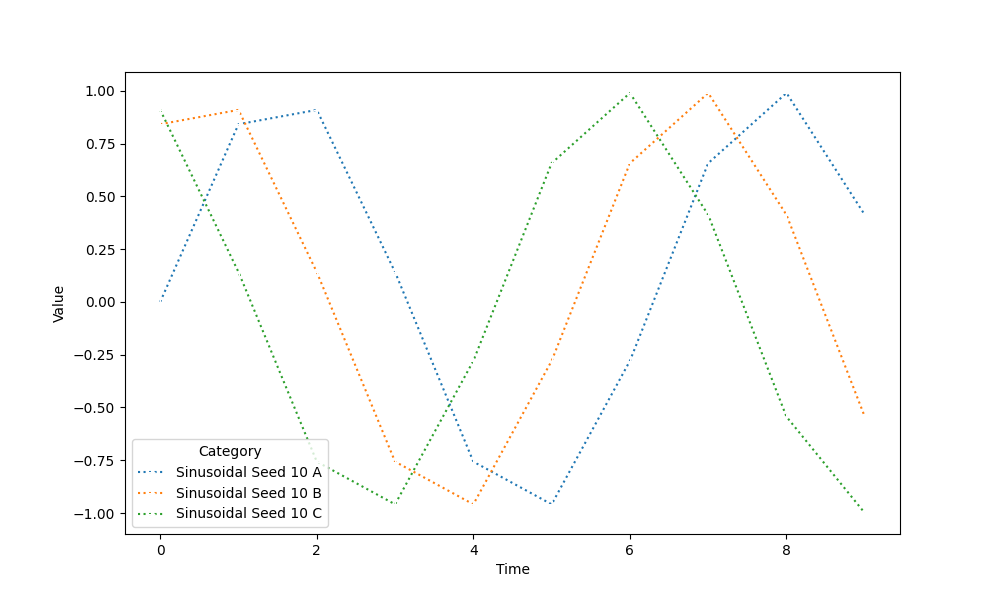
python, seaborn, lineplot, style='dotted', marker='+'